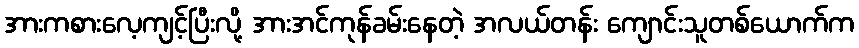
အားကစားလေ့ကျင့်ပြီးလို့ အားအင်ကုန်ခမ်းနေတဲ့ အလယ်တန်း ကျောင်းသူတစ်ယောက်က